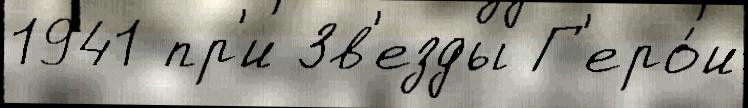
1941 пр'и Зв'езды Г'еро́и